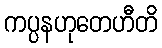
ကပ္ပနဟုတေဟီတိ